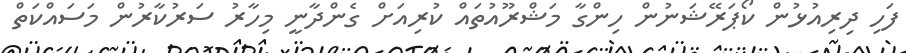
ފަހި ދިރިއުޅުން ކޯޕަރޭޝަނުން ހިންގާ މަޝްރޫއުތައް ކުރިއަށް ގެންދާނީ މިހާރު ސަރުކާރުން މަސައްކަތް